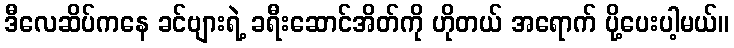
ဒီလေဆိပ်ကနေ ခင်ဗျားရဲ့ ခရီးဆောင်အိတ်ကို ဟိုတယ် အရောက် ပို့ပေးပါ့မယ်။